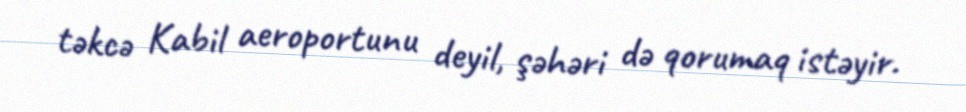
təkcə Kabil aeroportunu deyil, şəhəri də qorumaq istəyir.